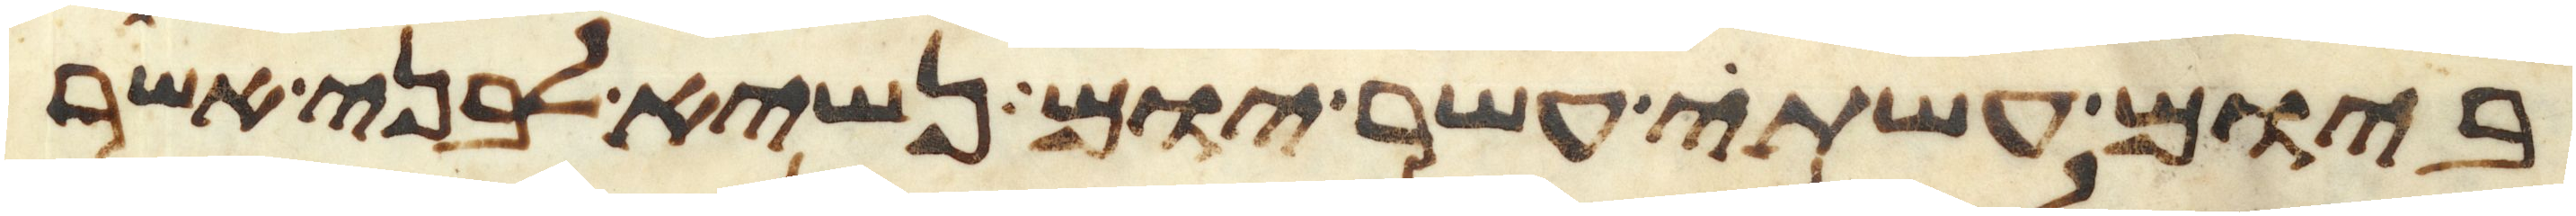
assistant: ביום עשתי עשר יום נשיא לבני אשר